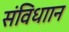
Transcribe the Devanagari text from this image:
संविधाान